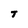
Character: T